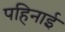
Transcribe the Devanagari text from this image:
पहिनाई